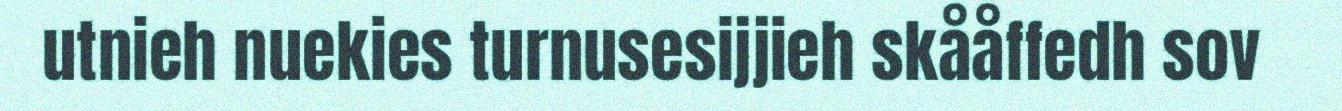
utnieh nuekies turnusesijjieh skååffedh sov